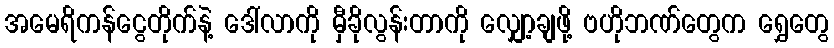
အမေရိကန်ငွေတိုက်နဲ့ ဒေါ်လာကို မှီခိုလွန်းတာကို လျှော့ချဖို့ ဗဟိုဘဏ်တွေက ရွှေတွေ